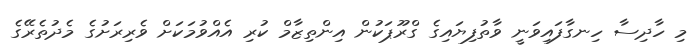
މި ހާދިސާ ހިނގާފައިވަނީ ވާތުފިޔައިގެ ގްރޫޕަކުން އިންތިޒާމް ކުރި އެއްވުމަކަށް ވެރިރަށުގެ މެދުތެރޭގެ